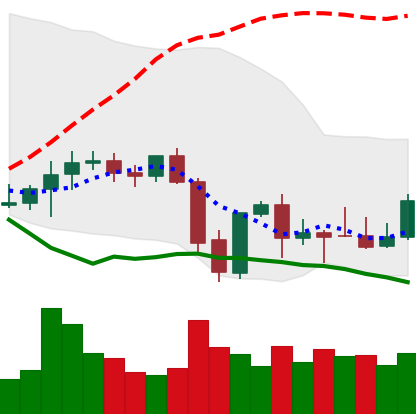
Ticker: XMR-USD
Chart end date: 2021-09-30
Forward return: 7.945%
Label: up_7plus